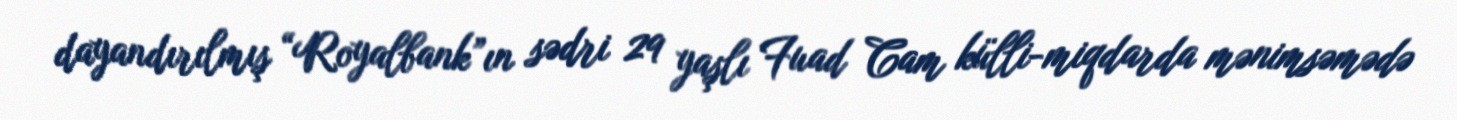
dayandırılmış “Royalbank”ın sədri 29 yaşlı Fuad Cam külli-miqdarda mənimsəmədə